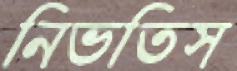
নিভতিস